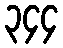
၃၄၄